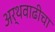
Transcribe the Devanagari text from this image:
अर्थवाढीचा